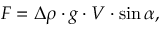
F = \Delta \rho \cdot g \cdot V \cdot \sin \alpha ,